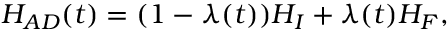
\begin{array} { r } { H _ { A D } ( t ) = ( 1 - \lambda ( t ) ) H _ { I } + \lambda ( t ) H _ { F } , } \end{array}